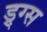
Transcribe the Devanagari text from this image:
ड्र्ग्स